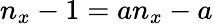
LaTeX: n_{x}-1=an_{x}-a